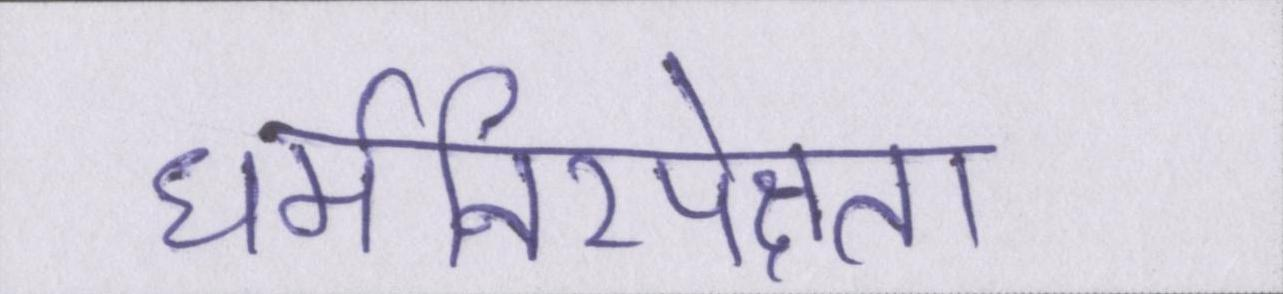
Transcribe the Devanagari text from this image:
धर्मनिरपेक्षता